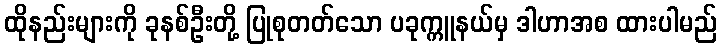
ထိုနည်းများကို ခုနစ်ဦးတို့ ပြုစုတတ်သော ပခုက္ကူနယ်မှ ဒါဟာအစ ထားပါမည်